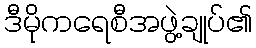
ဒီမိုကရေစီအဖွဲ့ချုပ်၏